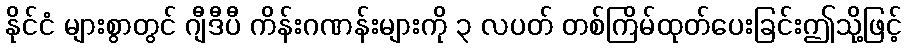
နိုင်ငံ များစွာတွင် ဂျီဒီပီ ကိန်းဂဏန်းများကို ၃ လပတ် တစ်ကြိမ်ထုတ်ပေးခြင်းဤသို့ဖြင့်